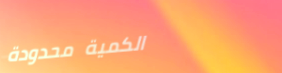
الكمية محدودة